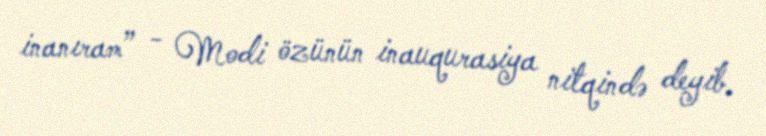
inanıram” - Modi özünün inauqurasiya nitqində deyib.